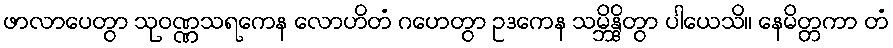
ဖာလာပေတွာ သုဝဏ္ဏသရကေန လောဟိတံ ဂဟေတွာ ဥဒကေန သမ္ဘိန္ဒိတွာ ပါယေသိ။ နေမိတ္တကာ တံ